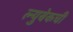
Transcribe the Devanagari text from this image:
ल्युबेकची